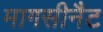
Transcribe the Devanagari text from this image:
मागसीनैट